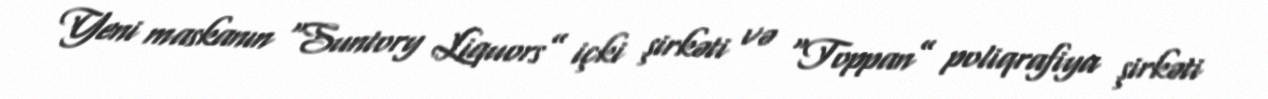
Yeni maskanın “Suntory Liquors” içki şirkəti və “Toppan” poliqrafiya şirkəti